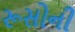
રૂસોની